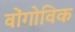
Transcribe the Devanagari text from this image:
वोंगोविक